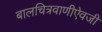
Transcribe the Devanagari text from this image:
बालचित्रवाणीऐवजी